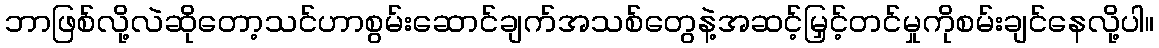
ဘာဖြစ်လို့လဲဆိုတော့သင်ဟာစွမ်းဆောင်ချက်အသစ်တွေနဲ့အဆင့်မြှင့်တင်မှုကိုစမ်းချင်နေလို့ပါ။